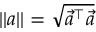
| | \boldsymbol { a } | | = \sqrt { \vec { a } ^ { \top } \vec { a } }